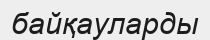
байқауларды